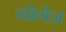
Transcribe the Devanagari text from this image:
नोगेज़